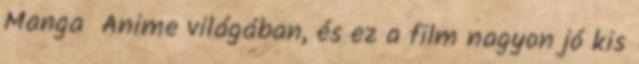
Manga Anime világában, és ez a film nagyon jó kis